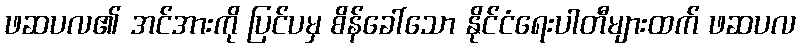
ဖဆပလ၏ အင်အားကို ပြင်ပမှ စိန်ခေါ်သော နိုင်ငံရေးပါတီများထက် ဖဆပလ